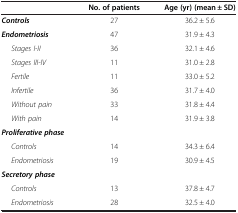
|  | No. of patients | Age (yr) (mean ± SD) |
 | --- | --- | --- |
 | Controls | 27 | 36.2 ± 5.6 |
 | Endometriosis | 47 | 31.9 ± 4.3 |
 | Stages I-II | 36 | 32.1 ± 4.6 |
 | Stages III-IV | 11 | 31.0 ± 2.8 |
 | Fertile | 11 | 33.0 ± 5.2 |
 | Infertile | 36 | 31.7 ± 4.0 |
 | Without pain | 33 | 31.8 ± 4.4 |
 | With pain | 14 | 31.9 ± 3.8 |
 | Proliferative phase |  |  |
 | Controls | 14 | 34.3 ± 6.4 |
 | Endometriosis | 19 | 30.9 ± 4.5 |
 | Secretory phase |  |  |
 | Controls | 13 | 37.8 ± 4.7 |
 | Endometriosis | 28 | 32.5 ± 4.0 |